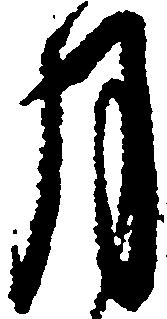
月